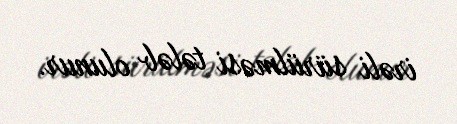
irəli sürülməsi tələb olunur.